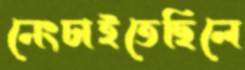
নেংচাইতেছিলে